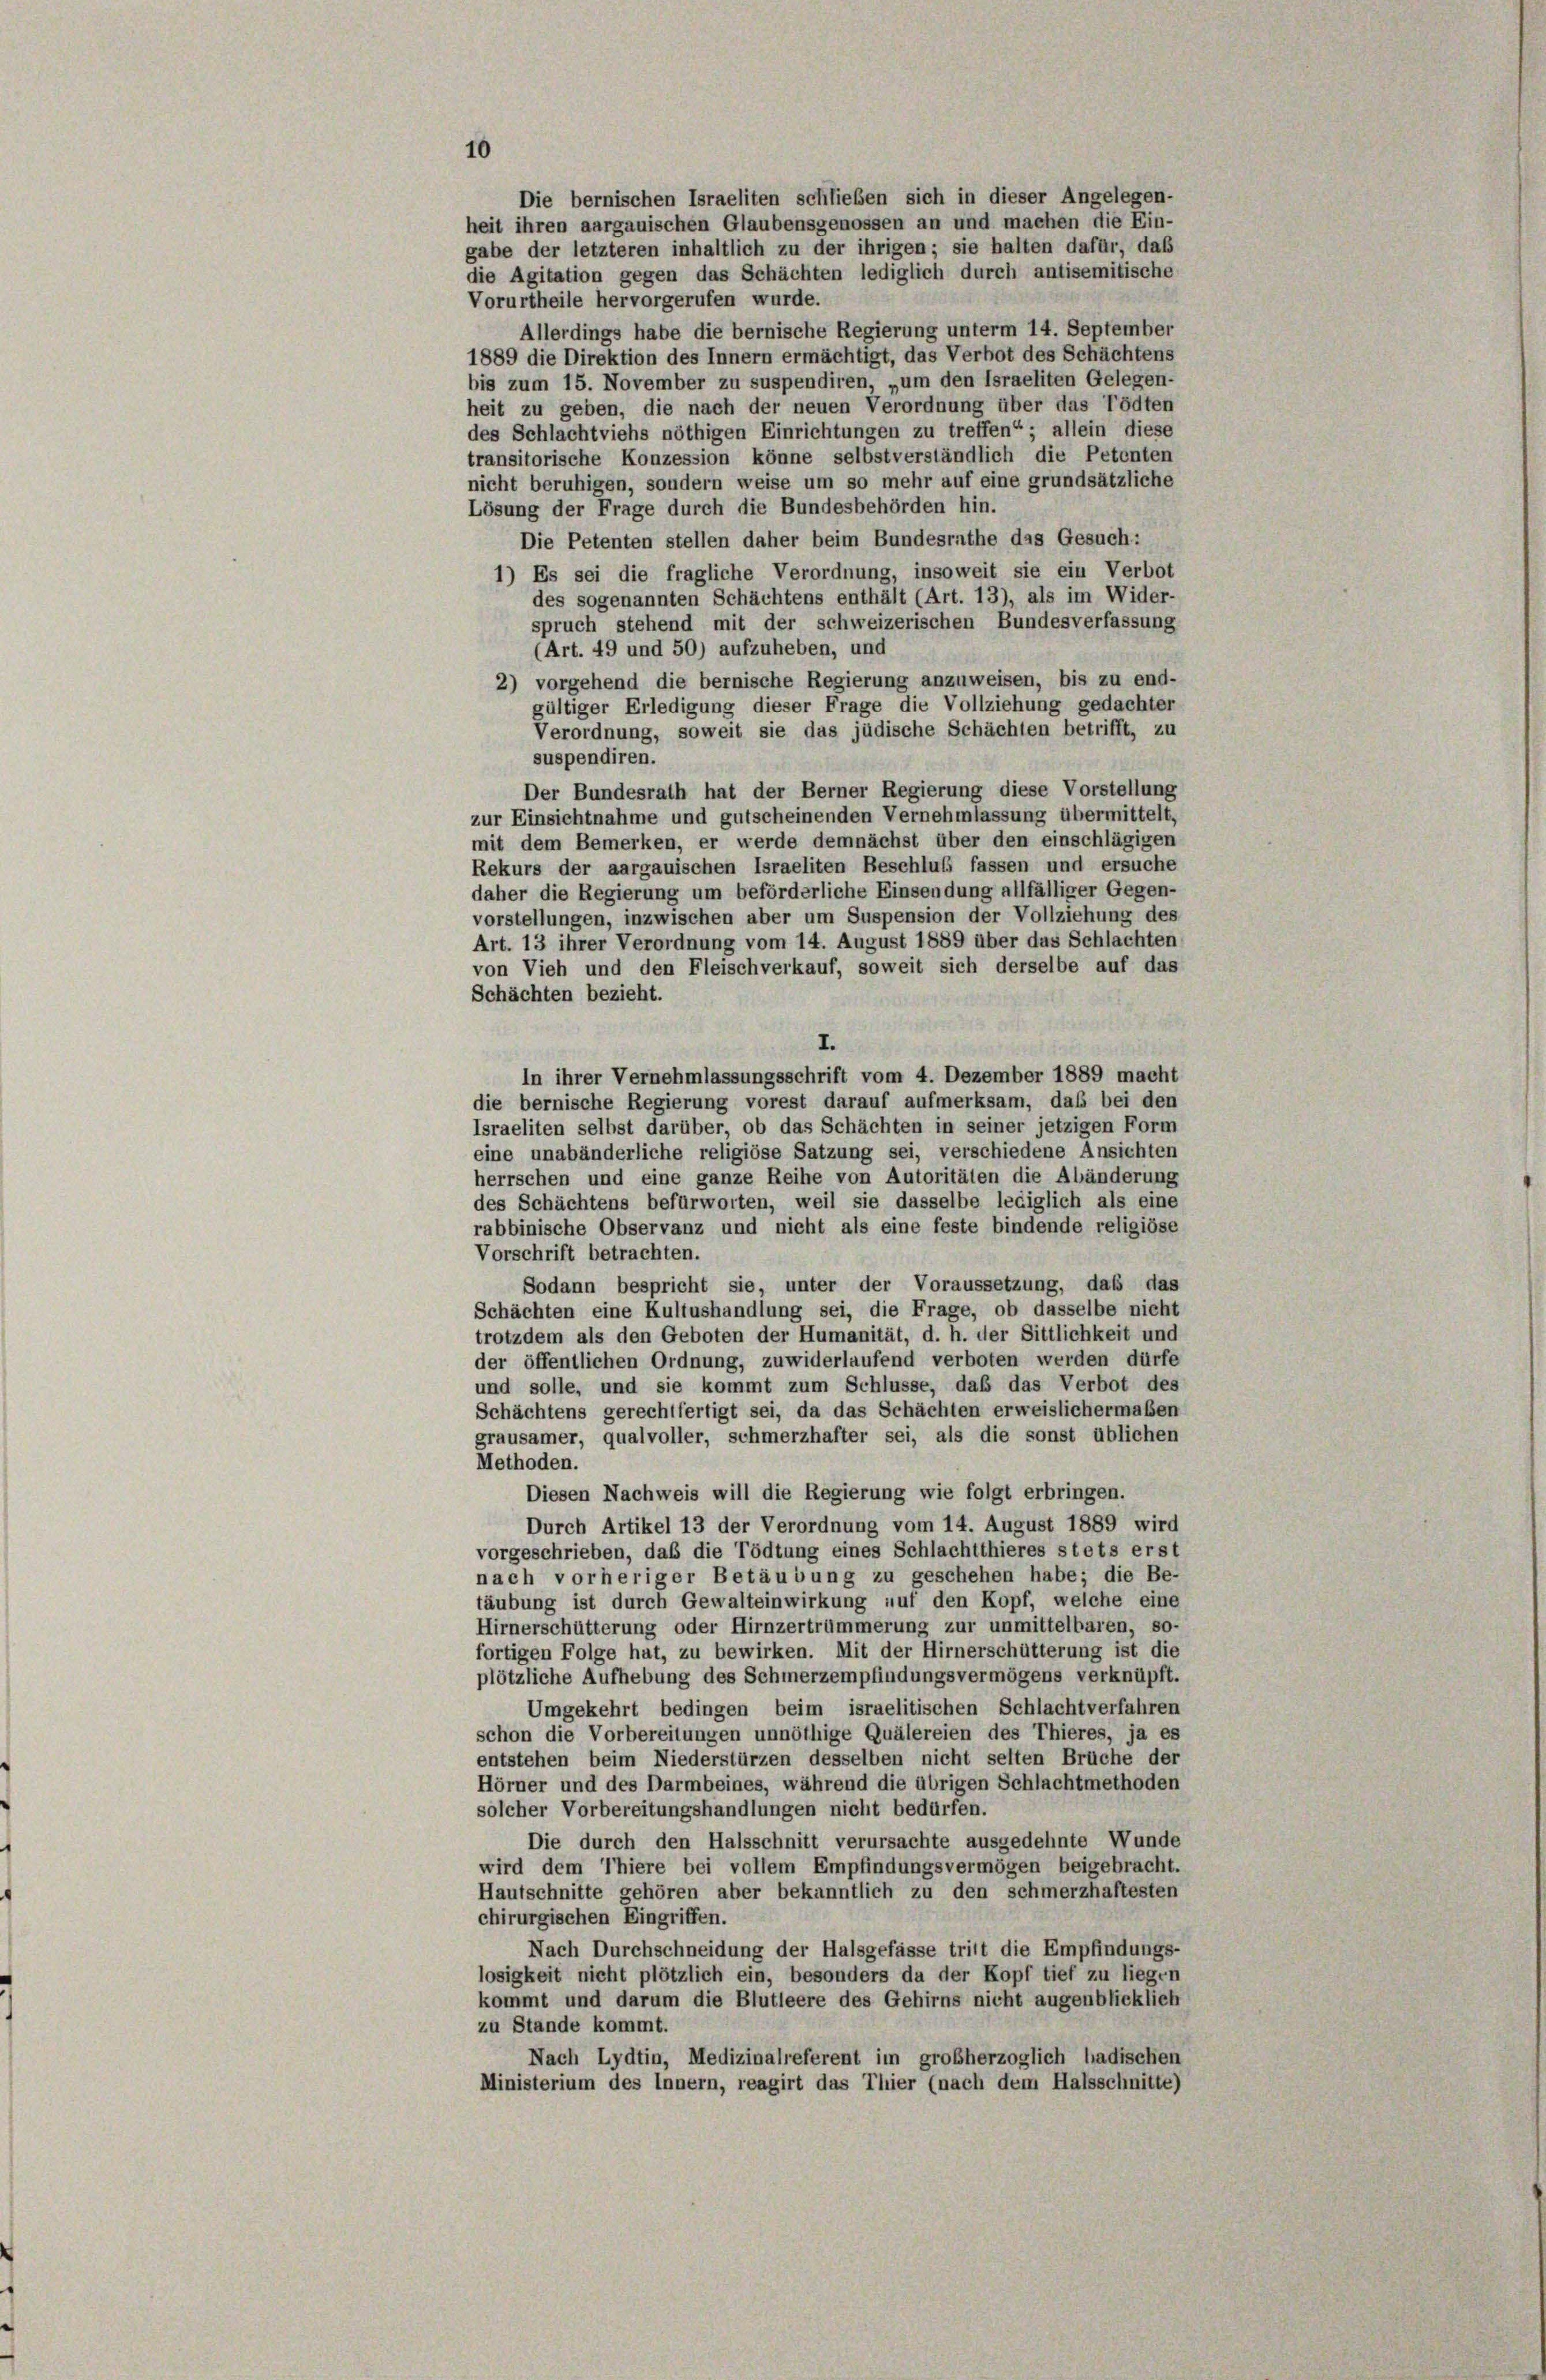
Die bernischen Israeliten schließen sich in dieser Angelegen-
heit ihren aargauischen Glaubensgenossen an und machen die Ein-

10

gabe der letzteren inhaltlich zu der ihrigen; sie halten dafür, daß
die Agitation gegen das Schächten lediglich durch antisemitische
Vorurtheile hervorgerufen wurde.
Allerdings habe die bernische Regierung unterm 14. September
1889 die Direktion des Innern ermächtigt, das Verbot des Schächtens
bis zum 15. November zu suspendiren, „um den Israeliten Gelegen-
heit zu geben, die nach der neuen Verordnung über das Tödten
des Schlachtviehs nöthigen Einrichtungen zu treffen“; allein diese
transitorische Konzession könne selbstverständlich die Petenten
nicht beruhigen, sondern weise um so mehr auf eine grundsätzliche
Lösung der Frage durch die Bundesbehörden hin.
Die Petenten stellen daher beim Bundesrathe das Gesuch:
1) Es sei die fragliche Verordnung, insoweit sie ein Verbot
des sogenannten Schächtens enthält (Art. 13), als im Wider-
spruch stehend mit der schweizerischen Bundesverfassung
(Art. 49 und 50) aufzuheben, und
2) vorgehend die bernische Regierung anzuweisen, bis zu end-
gültiger Erledigung dieser Frage die Vollziehung gedachter
Verordnung, soweit sie das jüdische Schächten betrifft, zu
suspendiren.
Der Bundesrath hat der Berner Regierung diese Vorstellung
zur Einsichtnahme und gutscheinenden Vernehmlassung übermittelt,
mit dem Bemerken, er werde demnächst über den einschlägigen
Rekurs der aargauischen Israeliten Beschluß fassen und ersuche
daher die Regierung um beförderliche Einsendung allfälliger Gegen-
vorstellungen, inzwischen aber um Suspension der Vollziehung des
Art. 13 ihrer Verordnung vom 14. August 1889 über das Schlachten
von Vieh und den Fleischverkauf, soweit sich derselbe auf das
Schächten bezieht.
I.
In ihrer Vernehmlassungsschrift vom 4. Dezember 1889 macht
die bernische Regierung vorest darauf aufmerksam, daß bei den
Israeliten selbst darüber, ob das Schächten in seiner jetzigen Form
eine unabänderliche religiöse Satzung sei, verschiedene Ansichten
herrschen und eine ganze Reihe von Autoritäten die Abänderung
des Schächtens befürworten, weil sie dasselbe lediglich als eine
rabbinische Observanz und nicht als eine feste bindende religiöse
Vorschrift betrachten.
Sodann bespricht sie, unter der Voraussetzung, daß das
Schächten eine Kultushandlung sei, die Frage, ob dasselbe nicht
trotzdem als den Geboten der Humanität, d. h. der Sittlichkeit und
der öffentlichen Ordnung, zuwiderlaufend verboten werden dürfe
und solle, und sie kommt zum Schlüsse, daß das Verbot des
Schächtens gerechtfertigt sei, da das Schächten erweislichermaßen
grausamer, qualvoller, schmerzhafter sei, als die sonst üblichen
Methoden.
Diesen Nachweis will die Regierung wie folgt erbringen.
Durch Artikel 13 der Verordnung vom 14. August 1889 wird
vorgeschrieben, daß die Tödtung eines Schlachtthieres stets erst
nach vorheriger Betäubung zu geschehen habe; die Be-
täubung ist durch Gewalteinwirkung auf den Kopf, welche eine
Hirnerschütterung oder Hirnzertrümmerung zur unmittelbaren, so-
fortigen Folge hat, zu bewirken. Mit der Hirnerschütterung ist die
plötzliche Aufhebung des Schmerzempfindungsvermögens verknüpft.
Umgekehrt bedingen beim israelitischen Schlacht verfahren
schon die Vorbereitungen unnöthige Quälereien des Thieres, ja es
entstehen beim Niederstürzen desselben nicht selten Bruche der
Hörner und des Darmbeines, während die übrigen Schlachtmethoden
solcher Vorbereitungshandlungen nicht bedürfen.
Die durch den Halsschnitt verursachte ausgedehnte Wunde
wird dem Thiere bei vollem Empfindungsvermögen beigebracht.
Hautschnitte gehören aber bekanntlich zu den schmerzhaftesten
chirurgischen Eingriffen.
Nach Durchschneidung der Halsgefässe tritt die Empfindungs-
losigkeit nicht plötzlich ein, besonders da der Kopf tief zu liegen
kommt und darum die Blutleere des Gehirns nicht augenblicklich
zu Stande kommt.
Nach Lydtin, Medizinalreferent im großherzoglich badischen
Ministerium des Innern, reagirt das Thier (nach dem Halsschnitte)